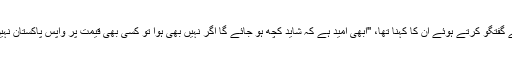
ڈی ڈبلیو سے گفتگو کرتے ہوئے ان کا کہنا تھا، ''ابھی امید ہے کہ شاید کچھ ہو جائے گا اگر نہیں بھی ہوا تو کسی بھی قیمت پر واپس پاکستان نہیں جاو¿ں گا۔